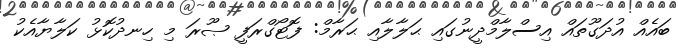
ބައެއް އުދަގޫތައް އިސްލާމްދީނުގައި ޙަލާލާއި ޙަރާމް: ފޮޓޯގްރަފީ ޞޫރަ މި ހިނދުކޮޅު ކަލާޔާއެކު